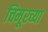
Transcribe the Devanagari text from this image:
चिमूरच्या